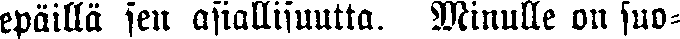
epäillä sen asiallisuutta. Minulle on suo-